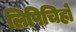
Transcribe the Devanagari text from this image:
लिपिचिहों